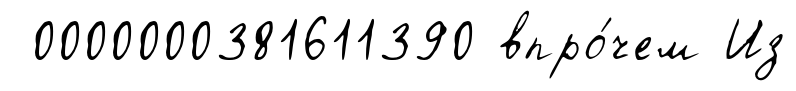
0000000381611390 впро́чем Из